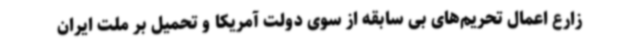
زارع اعمال تحریم‌های بی سابقه از سوی دولت آمریکا و تحمیل بر ملت ایران